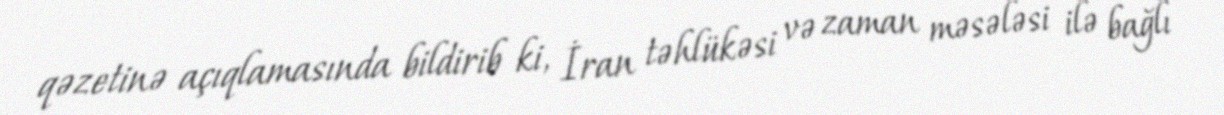
qəzetinə açıqlamasında bildirib ki, İran təhlükəsi və zaman məsələsi ilə bağlı